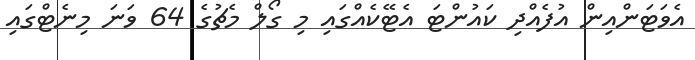
އެވަޓަންއިން އުފެއްދި ކައުންޓަ އެޓޭކެއްގައި މި ގޯލް މެޗުގެ 64 ވަނަ މިނެޓްގައި